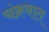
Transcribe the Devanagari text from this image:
चंक्रवात